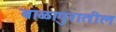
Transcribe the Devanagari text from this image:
बाळापुरातील